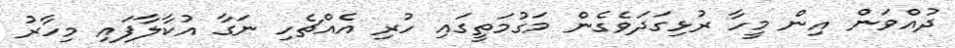
ދުއްވަން އިން މީހާ ރުޅިގަދަވެގެން މަގުމަތީގައި ހުރި އެއްޗެހި ނަގާ އުކާލާފައި މިހާރު